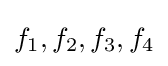
f_{1},f_{2},f_{3},f_{4}